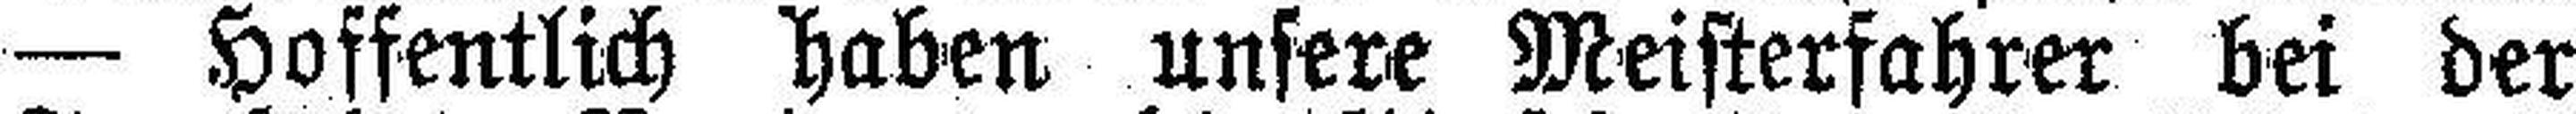
— Hoffentlich haben unsere Meisterfahrer bei der